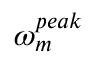
\omega _ { m } ^ { p e a k }